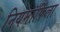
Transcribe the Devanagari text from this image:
नियमॉर्फिला